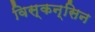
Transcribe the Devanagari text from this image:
विस्कन्सिन